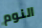
النوم